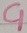
Text: C1